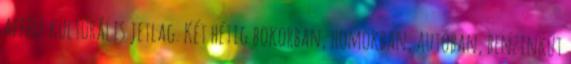
afféle kultúrális jetlag. Két hétig bokorban, homokban, autóban, benzinkút